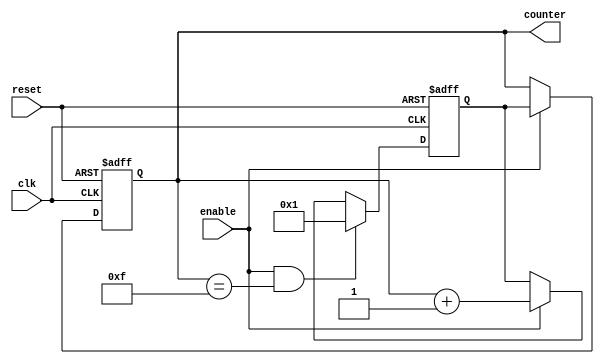
module Ring_Counter_Enable (
    input wire clk,
    input wire reset,
    input wire enable,
    output reg [3:0] counter
);

reg [3:0] next_counter;

always @(posedge clk or posedge reset) begin
    if(reset) begin
        counter <= 4'b0000;
    end else if(enable) begin
        counter <= next_counter;
    end
end

always @(posedge clk or posedge reset) begin
    if(reset) begin
        next_counter <= 4'b0001;
    end else if(enable & (counter == 4'b1111)) begin
        next_counter <= 4'b0001;
    end else if(enable) begin
        next_counter <= counter + 1;
    end
end

endmodule